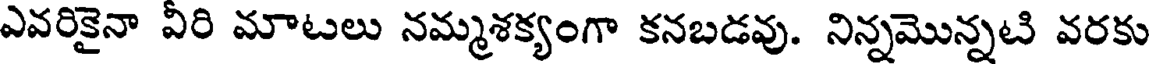
ఎవరికైనా వీరి మాటలు నమ్మశక్యంగా కనబడవు. నిన్నమొన్నటి వరకు